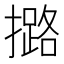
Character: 𢷅